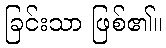
ခြင်းသာ ဖြစ်၏။